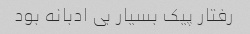
رفتار پیک بسیار بی ادبانه بود